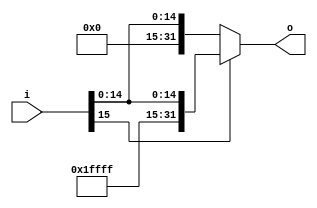
`timescale 1ns / 1ps
//////////////////////////////////////////////////////////////////////////////////
// Company: 
// Engineer: 
// 
// Design Name: 
// Module Name: SignExtender
// Project Name: 
// Target Devices: 
// Tool Versions: 
// Description: 
// 
// Dependencies: 
// 
// Revision:
// Revision 0.01 - File Created
// Additional Comments:
// 
//////////////////////////////////////////////////////////////////////////////////


module SignExtender(
    input [15:0] i,
    output [31:0] o
    );
    assign o =i[15]? {16'd65535,i}: {16'd0,i};
endmodule